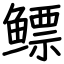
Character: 鳔